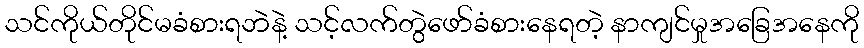
သင်ကိုယ်တိုင်မခံစားရဘဲနဲ့ သင့်လက်တွဲဖော်ခံစားနေရတဲ့ နာကျင်မှုအခြေအနေကို